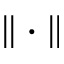
\| \cdot \|